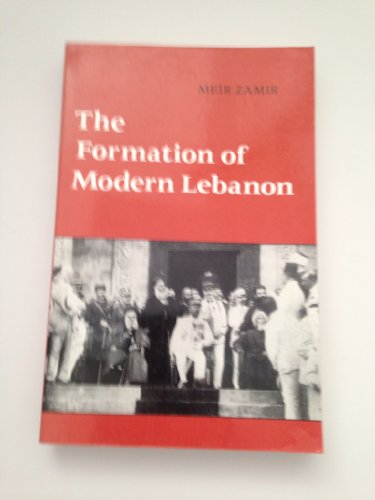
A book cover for The Formation of Modern Lebanon (Middle Eastern Studies); Meir Zamir; History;